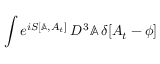
\int e ^ { i S [ \mathbb { A } , A _ { t } ] } \, { \cal D } ^ { \, 3 } \mathbb { A } \, \delta [ A _ { t } - \phi ]